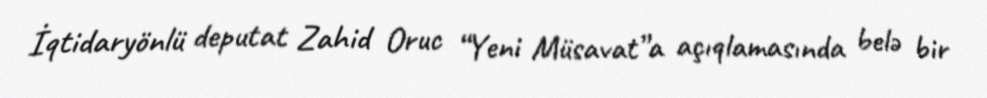
İqtidaryönlü deputat Zahid Oruc “Yeni Müsavat”a açıqlamasında belə bir